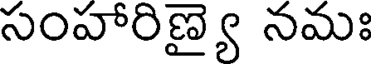
సంహారిణ్యై నమః